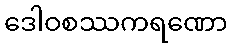
ဒေါဝစဿကရဏော